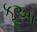
કૂઆ